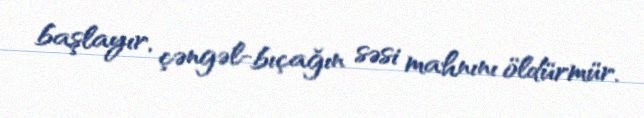
başlayır, çəngəl-bıçağın səsi mahnını öldürmür.